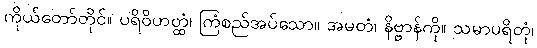
ကိုယ်တော်တိုင်။ ပရိဝိဟတ္ထံ၊ ကြံစည်အပ်သော။ အမတံ၊ နိဗ္ဗာန်ကို။ သမာပရိတုံ၊